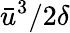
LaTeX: \bar{u}^{3}/2\delta